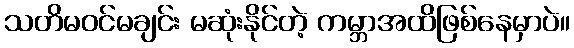
သတိမဝင်မချင်း မဆုံးနိုင်တဲ့ ကမ္ဘာအထိဖြစ်နေမှာပဲ။